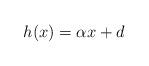
LaTeX: \begin{align*}h(x) = \alpha x+d\end{align*}